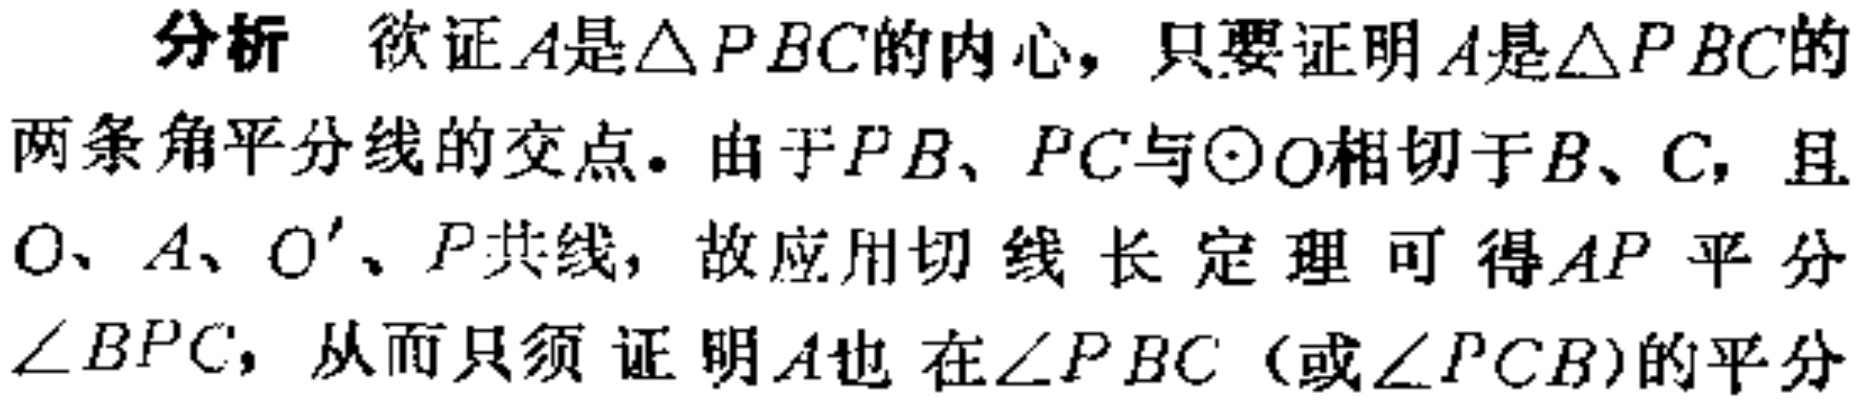
分析 欲证\(A\)是\(\triangle PBC\)的内心，只要证明\(A\)是\(\triangle PBC\)的两条角平分线的交点。由于\(PB\)、\(PC\)与\(\odot O\)相切于\(B\)、\(C\)，且\(O\)、\(A\)、\(O'\)、\(P\)共线，故应用切线长定理可得\(AP\)平分\(\angle BPC\)，从而只须证明\(A\)也在\(\angle PBC\)（或\(\angle PCB\)）的平分